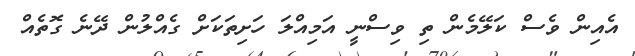
އެއިން ވެސް ކަލޭމެން ތި ވިސްނީ އަމިއްލަ ހަށިތަކަށް ގެއްލުން ދޭނެ ގޮތެއް